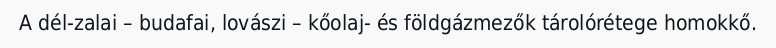
A dél-zalai – budafai, lovászi – kőolaj- és földgázmezők tárolórétege homokkő.